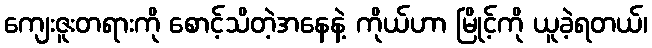
ကျေးဇူးတရားကို စောင့်သိတဲ့အနေနဲ့ ကိုယ်ဟာ မြိုင့်ကို ယူခဲ့ရတယ်၊